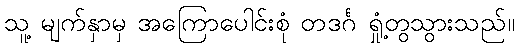
သူ့ မျက်နှာမှ အကြောပေါင်းစုံ တဒင်္ဂ ရှုံ့တွသွားသည်။